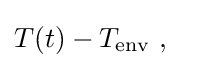
T(t)-T_{\mathrm {env} }\ ,\quad